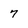
Character: 7